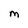
Character: M